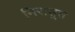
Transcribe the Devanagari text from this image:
निरासुत